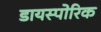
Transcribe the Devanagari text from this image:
डायस्पोरिक